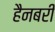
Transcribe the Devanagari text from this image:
हैनबरी